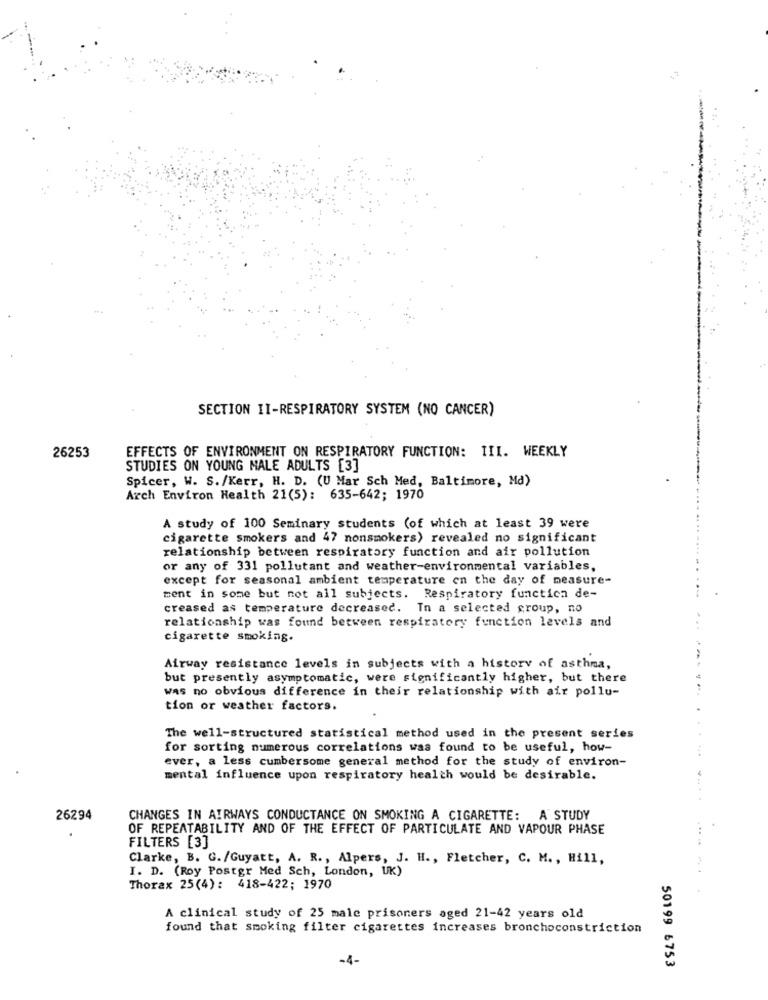
SECTION II-RESPIRATORY SYSTEM (NO CANCER)
26253
EFFECTS OF ENVIRONMENT ON RESPIRATORY FUNCTION: III. WEEKLY
STUDIES ON YOUNG MALE ADULTS [3]
Spicer, W. S./Kerr, H. D. (U Mar Sch Med, Baltimore, Md)
Arch Environ Health 21(5): 635-642; 1970
A study of 100 Seminary students (of which at least 39 were
cigarette smokers and 47 nonsmokers) revealed no significant
relationship between respiratory function and air pollution
or any of 331 pollutant and weather-environmental variables.
except for seasonal ambient temperature en the day of measure-
ment in some but not all subjects. Respiratory functica de-
creased as temperature decreased. In a selected group, no
relationship was found between respiratory function levels and
cigarette smoking.
Airway resistance levels in subjects with a history of asthma,
but presently asymptomatic, were significantly higher, but there
was no obvious difference in their relationship with air pollu-
tion or weather factors.
The well-structured statistical method used in the present series
for sorting numerous correlations was found to be useful, how-
ever, a less cumbersome general method for the study of environ-
mental influence upon respiratory health would be desirable.
26294
CHANGES IN AIRWAYS CONDUCTANCE ON SMOKING A CIGARETTE: A STUDY
OF REPEATABILITY AND OF THE EFFECT OF PARTICULATE AND VAPOUR PHASE
FILTERS [3]
Clarke, B. G./Guyatt, A. R ., Alpers, J. H ., Fletcher, C. M ., Hill,
I. D. (Roy Postgr Med Sch, London, UK)
Thorax 25(4): 418-422; 1970
A clinical study of 25 male prisoners aged 21-42 years old
found that smoking filter cigarettes increases bronchoconstriction
-4-
50199 6753